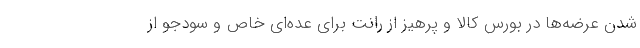
شدن عرضه‌ها در بورس کالا و پرهیز از رانت برای عده‌ای خاص و سودجو از